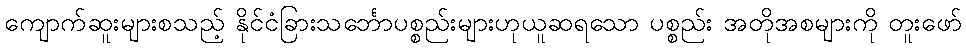
ကျောက်ဆူးများစသည့် နိုင်ငံခြားသင်္ဘောပစ္စည်းများဟုယူဆရသော ပစ္စည်း အတိုအစများကို တူးဖော်